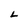
Character: L